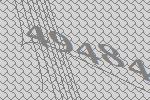
49484